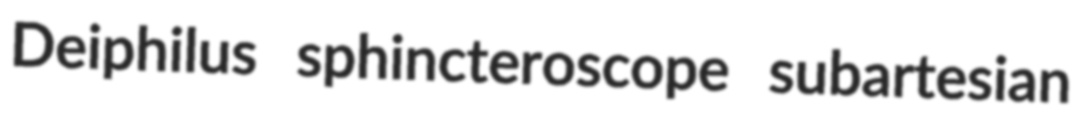
Deiphilus sphincteroscope subartesian